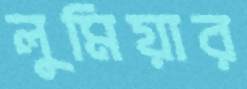
লুমিয়ার